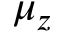
\mu _ { z }